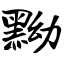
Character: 黝